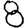
Digit: 8